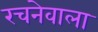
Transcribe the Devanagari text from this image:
रचनेवाला